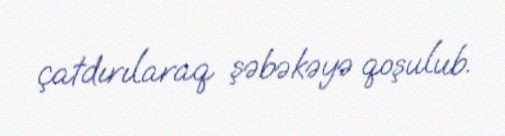
çatdırılaraq şəbəkəyə qoşulub.